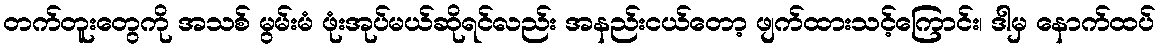
တက်တူးတွေကို အသစ် မွမ်းမံ ဖုံးအုပ်မယ်ဆိုရင်လည်း အနည်းငယ်တော့ ဖျက်ထားသင့်ကြောင်း၊ ဒါမှ နောက်ထပ်